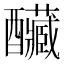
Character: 𨤃